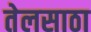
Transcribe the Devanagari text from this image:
तेलसाठा